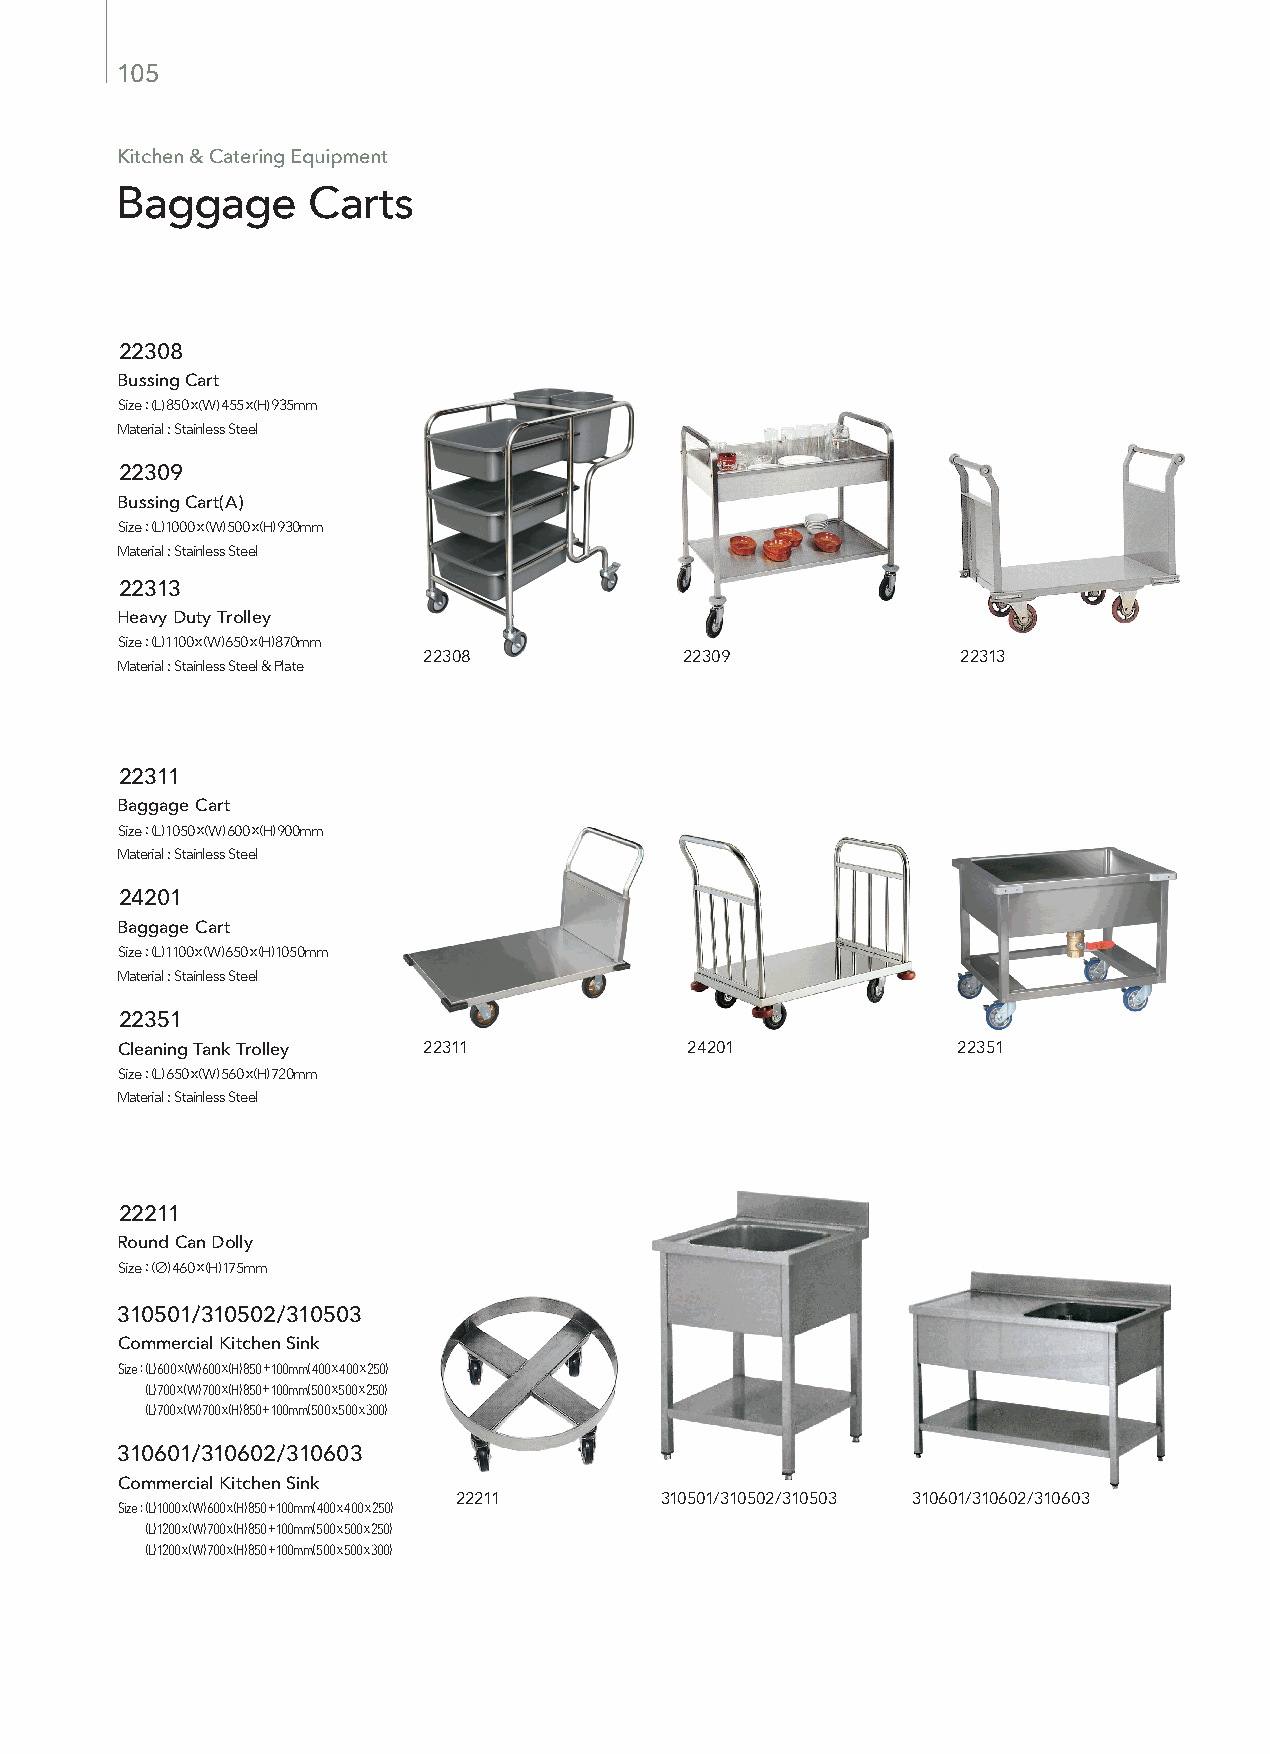
105
 Kitchen & Catering Equipment
 Baggage     Carts
 22308
 Bussing Cart
 Size : (L) 850 x (W) 455 x (H) 935mm
 Material : Stainless Steel
 22309
 Bussing Cart(A)
 Size : (L) 1000 x (W) 500 x (H) 930mm
 Material : Stainless Steel
 22313
 Heavy Duty Trolley
 Size : (L) 1100 x (W) 650 x (H) 870mm
 22308            22309              22313
 Material : Stainless Steel & Plate
 22311
 Baggage Cart
 Size : (L) 1050 x (W) 600 x (H) 900mm
 Material : Stainless Steel
 24201
 Baggage Cart
 Size : (L) 1100 x (W) 650 x (H) 1050mm
 Material : Stainless Steel
 22351
 Cleaning Tank Trolley 22311          24201             22351
 Size : (L) 650 x (W) 560 x (H) 720mm
 Material : Stainless Steel
 22211
 Round Can Dolly
 Size : (∅) 460 x (H) 175mm
 310501/310502/310503
 Commercial Kitchen Sink
 Size : (L) 600 x (W) 600 x (H) 850 + 100mm( 400 x 400 x 250)
 Size : (L) 700 x (W) 700 x (H) 850 + 100mm( 500 x 500 x 250)
 Size : (L) 700 x (W) 700 x (H) 850 + 100mm( 500 x 500 x 300)
 310601/310602/310603
 Commercial Kitchen Sink
 22211         310501/310502/310503 310601/310602/310603
 Size : (L) 1000 x (W) 600 x (H) 850 + 100mm( 400 x 400 x 250)
 Size : (L) 1200 x (W) 700 x (H) 850 + 100mm( 500 x 500 x 250)
 Size : (L) 1200 x (W) 700 x (H) 850 + 100mm( 500 x 500 x 300)